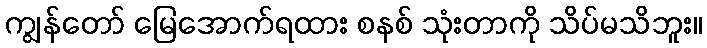
ကျွန်တော် မြေအောက်ရထား စနစ် သုံးတာကို သိပ်မသိဘူး။